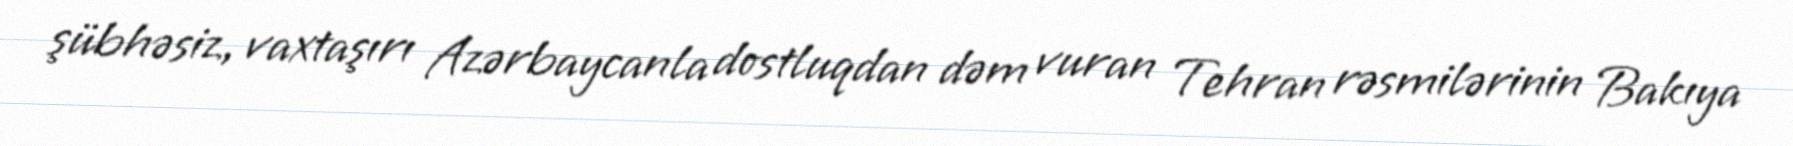
şübhəsiz, vaxtaşırı Azərbaycanla dostluqdan dəm vuran Tehran rəsmilərinin Bakıya